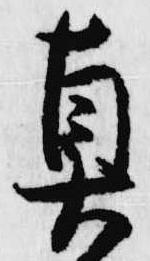
真